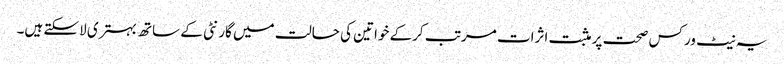
یہ نیٹ ورکس صحت پر مثبت اثرات مرتب کرکے خواتین کی حالت میں گارنٹی کے ساتھ بہتری لاسکتے ہیں۔